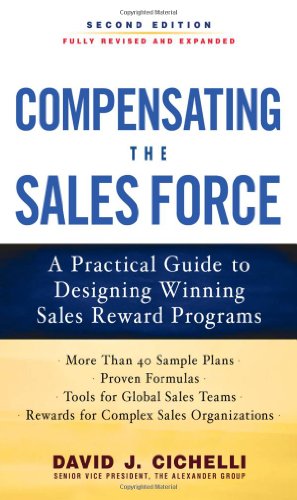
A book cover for Compensating the Sales Force: A Practical Guide to Designing Winning Sales Reward Programs, Second Edition; David J. Cichelli ; Business & Money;